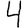
Digit: 4